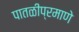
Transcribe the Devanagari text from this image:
पातळीप्रमाणे